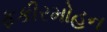
ફકીરમોહન